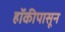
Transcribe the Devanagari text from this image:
हॉकीपासून